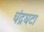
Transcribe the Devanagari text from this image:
चंद्रघटा